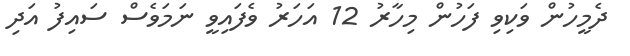
ދެމީހުން ވަކިވި ފަހުން މިހާރު 12 އަހަރު ވެފައިވީ ނަމަވެސް ސައިފު އަދި